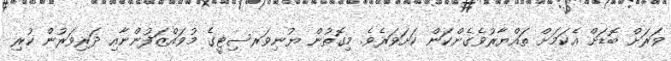
ވަރަށް ބޮޑަށް އެކަމަށް ތައްޔާރުވެގެންކަން ކަށަވަރެވެ. މިގޮތުން ޔުނިވަރސިޓީގެ މުވައްޒަފުންނާއި ދަރިވަރުން ކުރި